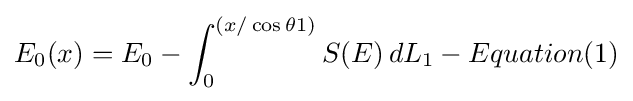
E_{0}(x)=E_{0}-\int _{0}^{(x/\cos \theta 1)}S(E)\,dL_{1}-Equation(1)